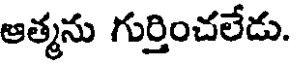
ఆత్మను గుర్తించలేడు.